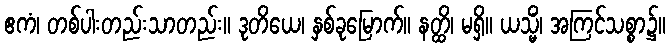
ဧကံ၊ တစ်ပါးတည်းသာတည်း။ ဒုတိယေ၊ နှစ်ခုမြောက်။ နတ္ထိ၊ မရှိ။ ယသ္မိံ၊ အကြင်သစ္စာ၌။